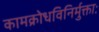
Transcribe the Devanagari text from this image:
कामक्रोधविनिर्मुक्ताः